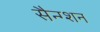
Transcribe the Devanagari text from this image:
सैन्ग्शन